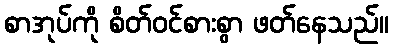
စာအုပ်ကို စိတ်ဝင်စားစွာ ဖတ်နေသည်။